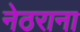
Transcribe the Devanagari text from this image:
नेठराना